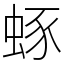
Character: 䖶